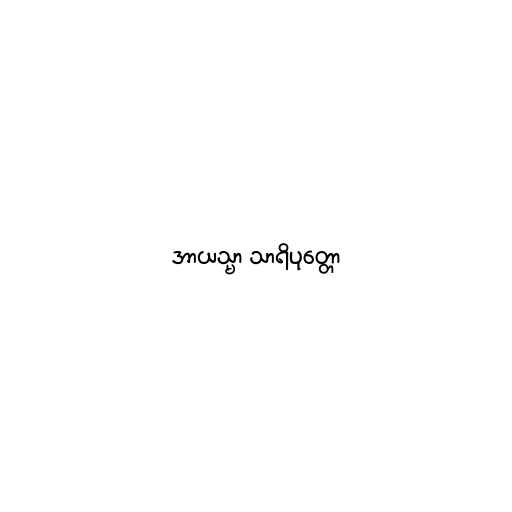
အာယသ္မာ သာရိပုတ္တော